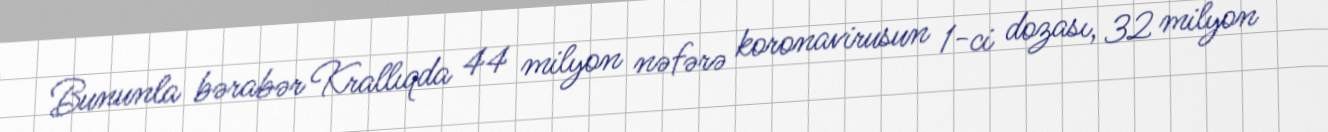
Bununla bərabər Krallıqda 44 milyon nəfərə koronavirusun 1-ci dozası, 32 milyon